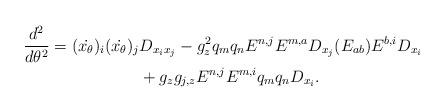
LaTeX: \begin{align*} \frac{d^2}{d\theta^2} = (\dot{x_\theta})_i(\dot{x_\theta})_j&D_{x_ix_j} -g_z^2q_mq_nE^{n,j}E^{m,a}D_{x_j}(E_{ab})E^{b,i}D_{x_i}\\&+ g_zg_{j,z}E^{n,j}E^{m,i}q_mq_nD_{x_i}. \end{align*}